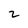
Character: 2